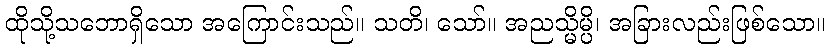
ထိုသို့သဘောရှိသော အကြောင်းသည်။ သတိ၊ သော်။ အညသ္မိမ္ပိ၊ အခြားလည်းဖြစ်သော။